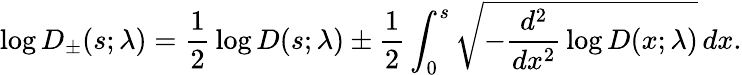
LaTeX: \log D_{\pm}(s;\lambda)={\frac{1}{2}}\log D(s;\lambda)\pm{\frac{1}{2}}\int_{0}^{s}\sqrt{-{\frac{d^{2}}{dx^{2}}}\log D(x;\lambda)}\, dx.